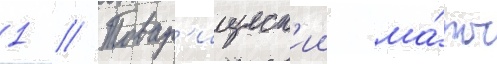
1 // Товар'ищеск'ии ма́тч